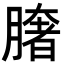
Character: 𦠏